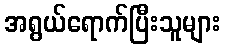
အရွယ်ရောက်ပြီးသူများ